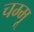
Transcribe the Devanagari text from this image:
चम्मू